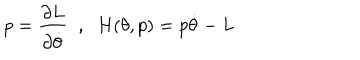
p = \frac { \partial L } { \partial \dot { \theta } } \; \; , \; \; H ( \theta , p ) = p \dot { \theta } - L